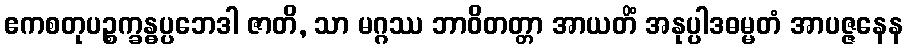
ဧကစတုပဉ္စက္ခန္ဓပ္ပဘေဒါ ဇာတိ, သာ မဂ္ဂဿ ဘာဝိတတ္တာ အာယတိံ အနုပ္ပါဒဓမ္မတံ အာပဇ္ဇနေန